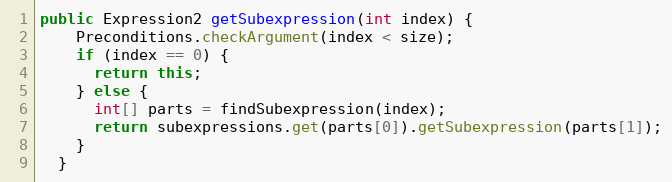
Language: Java
public Expression2 getSubexpression(int index) {
    Preconditions.checkArgument(index < size);
    if (index == 0) {
      return this;
    } else {
      int[] parts = findSubexpression(index);
      return subexpressions.get(parts[0]).getSubexpression(parts[1]);
    }
  }